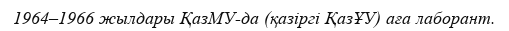
1964–1966 жылдары ҚазМУ-да (қазіргі ҚазҰУ) аға лаборант.